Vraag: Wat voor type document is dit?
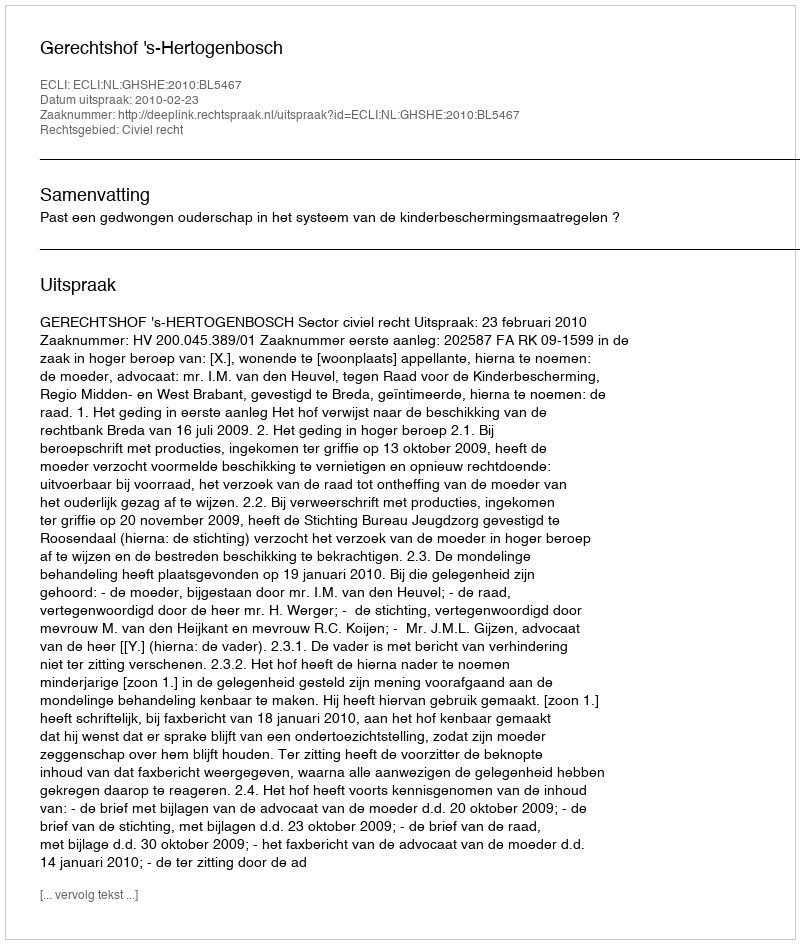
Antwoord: Uitspraak